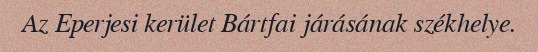
Az Eperjesi kerület Bártfai járásának székhelye.